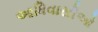
આધિવાસીઓ